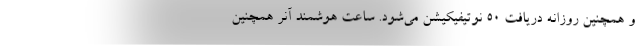
و همچنین روزانه دریافت 50 نوتیفیکیشن می‌شود. ساعت هوشمند آنر همچنین